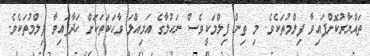
ތައްޔާރުކޮށްފައިވާ ފިލްމުތަކެވެ. މި ތިން ފިލްމަކީވެސް ނަހުލާގެ އަމިއްލަ ވާހަކަތަކަށް ހަދާފައިވާ ފިލްމުތަކެވެ.